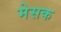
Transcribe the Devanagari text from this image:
मेसक